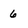
Character: 6